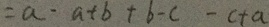
= a - a + b + b - c - c + a